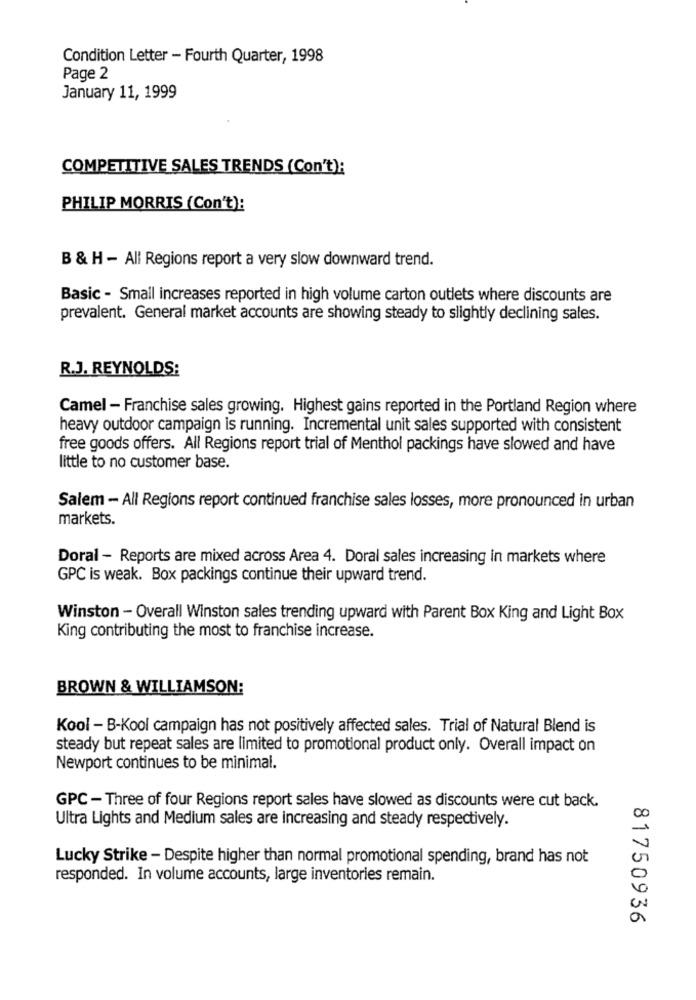
Condition Letter - Fourth Quarter, 1998
Page 2
January 11, 1999
COMPETITIVE SALES TRENDS (Con't):
PHILIP MORRIS (Con't):
B & H - All Regions report a very slow downward trend.
Basic - Small increases reported in high volume carton outlets where discounts are
prevalent. General market accounts are showing steady to slightly declining sales.
R.J. REYNOLDS:
Camel - Franchise sales growing. Highest gains reported in the Portland Region where
heavy outdoor campaign is running. Incremental unit sales supported with consistent
free goods offers. All Regions report trial of Menthol packings have slowed and have
little to no customer base.
Salem - All Regions report continued franchise sales losses, more pronounced in urban
markets.
Doral - Reports are mixed across Area 4. Doral sales increasing in markets where
GPC is weak. Box packings continue their upward trend.
Winston - Overall Winston sales trending upward with Parent Box King and Light Box
King contributing the most to franchise increase.
BROWN & WILLIAMSON:
Kool - B-Kool campaign has not positively affected sales. Trial of Natural Blend is
steady but repeat sales are limited to promotional product only. Overall impact on
Newport continues to be minimal.
GPC - Three of four Regions report sales have slowed as discounts were cut back.
Ultra Lights and Medium sales are increasing and steady respectively.
Lucky Strike - Despite higher than normal promotional spending, brand has not
responded. In volume accounts, large inventories remain.
81750936